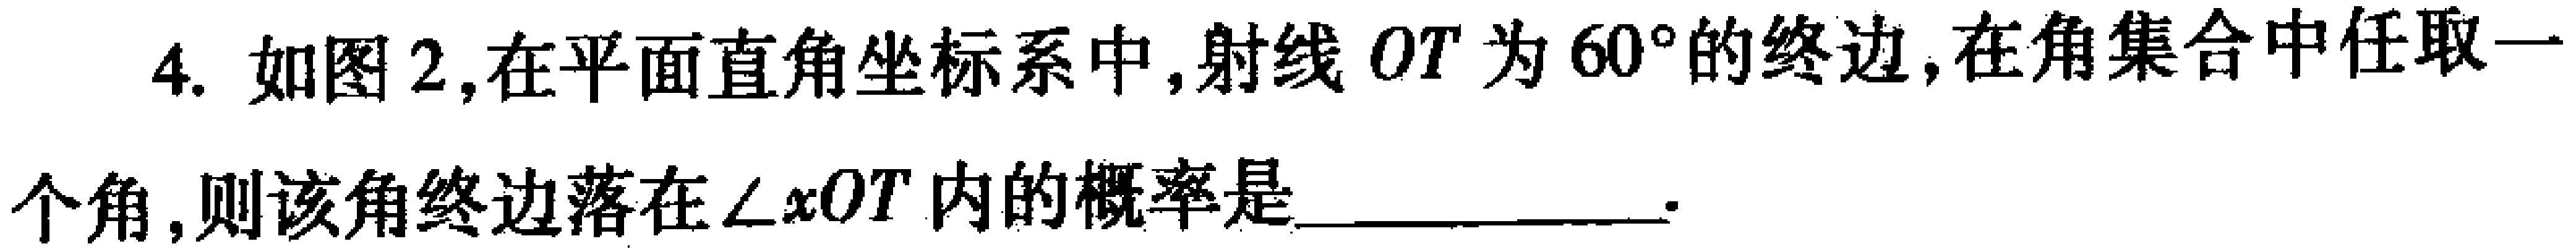
4. 如图2,在平面直角坐标系中,射线 \(OT\) 为 \(60^{\circ}\) 的终边,在角集合中任取一
个角,则该角终边落在 \(\angle xOT\) 内的概率是____________.